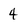
Character: 4